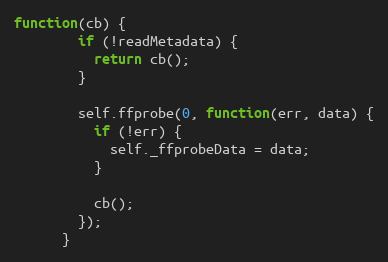
Language: JavaScript
function(cb) {
        if (!readMetadata) {
          return cb();
        }

        self.ffprobe(0, function(err, data) {
          if (!err) {
            self._ffprobeData = data;
          }

          cb();
        });
      }